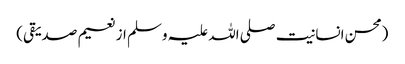
(محسن انسانیت صلی اللہ علیہ وسلم از نعیم صدیقی)